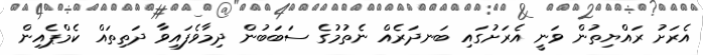
އެރަށު ރައްޔިތުން ވަނީ އެރަށުގައި ބަނދަރެއް ނެތުމުގެ ސަބަބުން ދިމާވެފައިވާ ދަތިތައް ކެމްޕެއިން